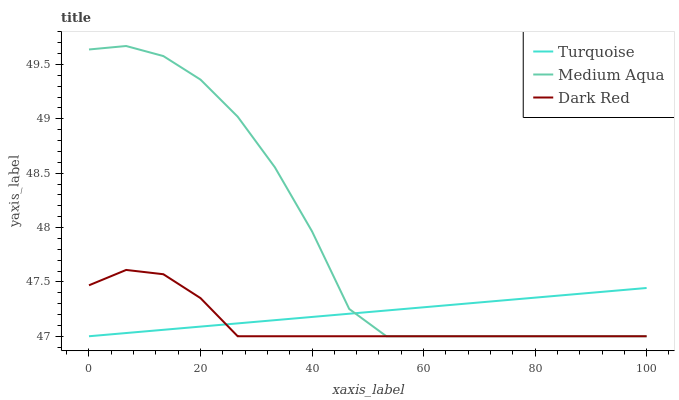
| xaxis_label | Turquoise | Medium Aqua | Dark Red |
 | --- | --- | --- | --- |
 | 0 | 47 | 49.6 | 47.5 |
 | 6.67 | 47 | 49.7 | 47.6 |
 | 13.3 | 47.1 | 49.6 | 47.6 |
 | 20 | 47.1 | 49.4 | 47.4 |
 | 26.7 | 47.1 | 49 | 47 |
 | 33.3 | 47.1 | 48.6 | 47 |
 | 40 | 47.2 | 48 | 47 |
 | 46.7 | 47.2 | 47.3 | 47 |
 | 53.3 | 47.2 | 47 | 47 |
 | 60 | 47.3 | 47 | 47 |
 | 66.7 | 47.3 | 47 | 47 |
 | 73.3 | 47.3 | 47 | 47 |
 | 80 | 47.4 | 47 | 47 |
 | 86.7 | 47.4 | 47 | 47 |
 | 93.3 | 47.4 | 47 | 47 |
 | 100 | 47.4 | 47 | 47 |